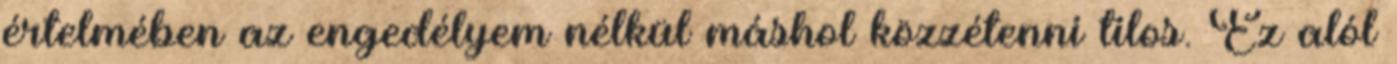
értelmében az engedélyem nélkül máshol közzétenni tilos. Ez alól